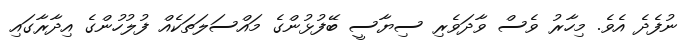
ނުފެދެ އެވެ. މިހާރު ވެސް ވާދަވެރި ސިޔާސީ ބޭފުޅުންގެ މައްސަލަތަކެއް ފުލުހުންގެ އިދާރާގައި